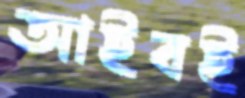
আইবই